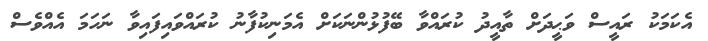
އެކަމަކު ރައީސް ވަޙީދަށް ތާއީދު ކުރައްވާ ބޭފުޅުންނަކަށް އެމަނިކުފާނު ކުރައްވައިފައިވާ ނަހަމަ އެއްވެސް